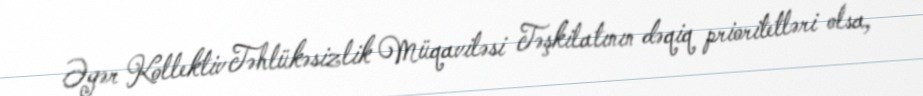
Əgər Kollektiv Təhlükəsizlik Müqaviləsi Təşkilatının dəqiq prioritetləri olsa,